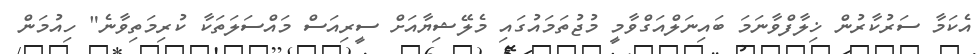
އެކަމާ ސަރުކާރުން ޚިލާފްވާނަމަ ބައިނަލްއަގްވާމީ މުޖުތަމައުގައި މެލޭޝިޔާއަށް ސީރިއަސް މައްސަލަތަކާ ކުރިމަތިވާނެ" ހިއުމަން